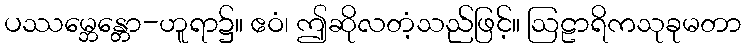
ပဿမ္ဘေန္တော-ဟူရာ၌။ ဧဝံ၊ ဤဆိုလတံ့သည်ဖြင့်။ ဩဠာရိကသုခုမတာ